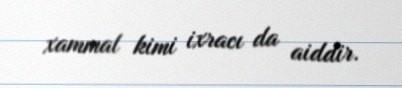
xammal kimi ixracı da aiddir.